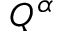
Q ^ { \alpha }